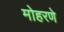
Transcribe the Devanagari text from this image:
मोहरणे